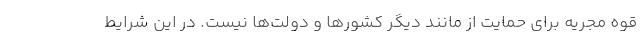
قوه مجریه برای حمایت از مانند دیگر کشورها و دولت‌ها نیست. در این شرایط